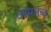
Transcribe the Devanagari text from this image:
उपमलब्द